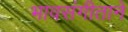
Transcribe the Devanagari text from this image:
भावसंगीताने